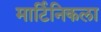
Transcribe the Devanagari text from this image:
मार्टिनिकला